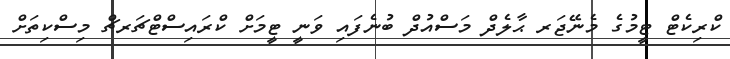
ކްރިކެޓް ޓީމުގެ މެނޭޖަރ ޙާލެދް މަސްއުދް ބުނެފައި ވަނީ ޓީމަށް ކްރައިސްޓްޗަރޗް މިސްކިތަށް